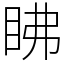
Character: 䀟